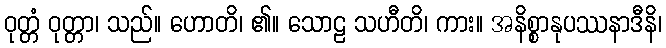
ဝုတ္တံ ဝုတ္တာ၊ သည်။ ဟောတိ၊ ၏။ သောဠ သဟီတိ၊ ကား။ အနိစ္စာနုပဿနာဒီနိ၊